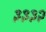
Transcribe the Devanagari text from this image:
३३३२